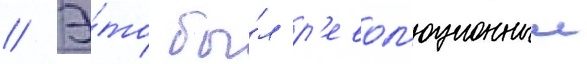
// Э́то бы́л р'евол'юционныи